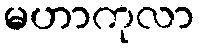
မဟာကုလာ